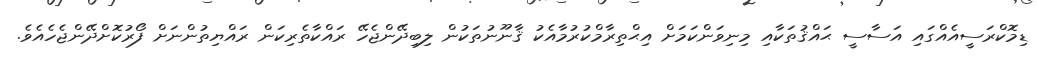
ޑިމޮކްރަސީއެއްގައި އަސާސީ ޙައްޤުތަކާއި މިނިވަންކަމަށް އިޙްތިރާމްކުރުމާއެކު ޤާނޫނުތަކުން ލިބިދޭންޖެހޭ ރައްކާތެރިކަން ރައްޔިތުންނަށް ފޯރުކޮށްދޭންޖެހެއެވެ.